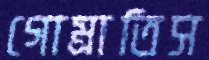
গোম্‌রাতিস